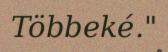
Többeké."